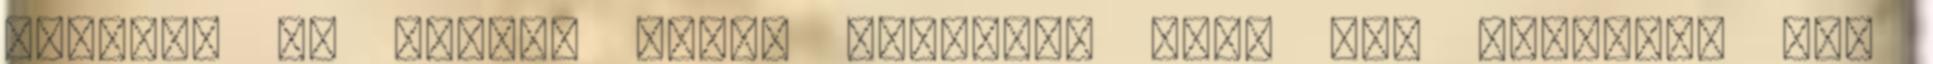
bossról de persze semmi lényeges infó nem hangzott el.